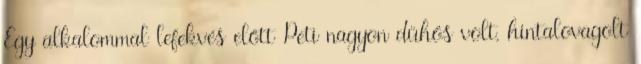
Egy alkalommal lefekvés előtt Peti nagyon dühös volt, hintalovagolt